Report on the administration of the Government Cinchona Department 1892-98
Year: 1892
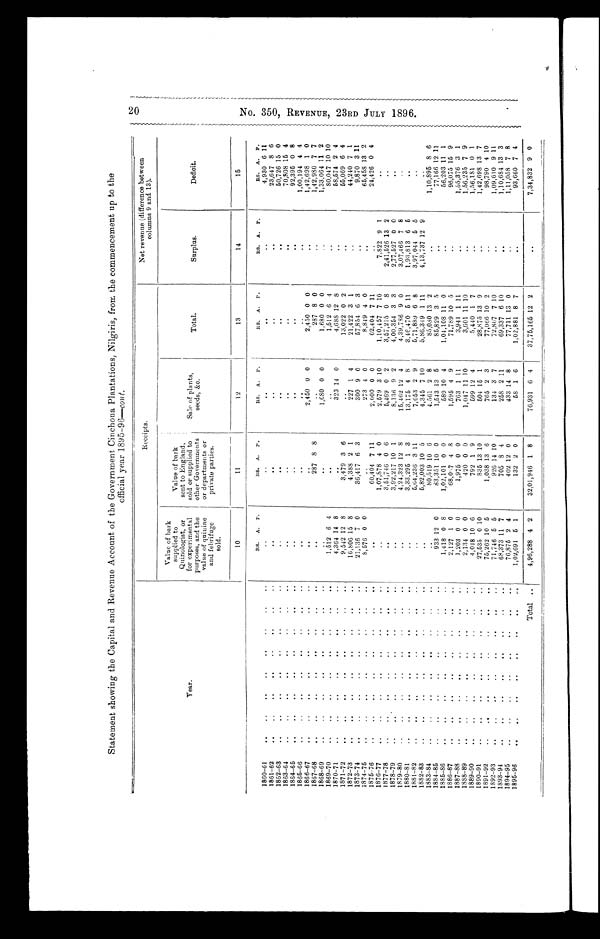
Statement showing the Capital and Revenue Account of the Government Cinchona Plantations, Nilgiris, from the commencement up to the
official year 1895-96— cont.
Receipts.
Net revenue (difference between
columns 9 and. 13).
Year.
Value of bark
supplied to
Quinologist, or
for experimental
purposes, and the
value of quinine
and febrifuge
sold.
Value of bark
sent to England,
sold or supplied to
other Governments
I or departments or
private parties.
Sale of plants,
seeds, &c.
Total.
Surplus.
Deficit.
10
11
12
13
14
15
RS.
A. P.
RS. A.
P.
RS.
A.
P.
RS. A.
P.
RS. A. P.
RS. A.
P.
1860–61
..
..
..
..
..
..
..
. .
..
. .
..
..
4,930 6 11
1861–62
.. ..
..
..
..
..
..
..
..
. .
..
. .
23,647 8 6
1862–63
..
..
..
..
..
..
..
..
..
..
. .
..
..
50,726 15 0
1863–61
..
..
..
..
..
..
..
..
..
44
..
..
70,808 15 4
1864–65
.. ..
..
..
..
..
..
..
..
..
. .
..
92,395 0 8
1865–66
..
..
..
..
..
..
. . ..
..
..
..
..
1,00,194 4 4
1866–67
..
..
..
..
..
..
..
..
..
..
2,450 0 0
2,450 0 0
..
1,42,698 1
0
1867–68
.,
..
..
..
..
..
..
..
287 8 8
..
287 8 0
1,42,980 7 7
1868–69
..
..
..
..
..
..
..
..
..
1,680 0 0
1,680 0 0
..
1,33,064 11 2
1869–70
..
..
..
..
..
..
..
..
1,512 6 4
. .
..
1,512 6 4
..
80,047 10 10
1870–71
..
..
..
..
..
..
..
4,364 14 8
..
323 14 0
4,688 12 8
..
58,574 2 4
1871–72
..
..
..
..
..
..
..
..
9,542 12 8
3,479 3 6
..
13,022 0 2
..
55,069 6 4
1872–73
..
..
..
..
..
..
..
..
16,806 15 8
4,388 2
1
227
1
4
21,422 3
1
44,210 7
1
1873–74
..
..
..
..
..
..
..
..
21,136 7 0
36,417 6 3
300 9 0
57,854 6 3
..
9,870 3 11
1874–76
..
..
..
..
. . .. .. ..
8,576 0 0
..
273 4 0
8,849 4 0
65,458 13 2
1875–76
..
..
..
..
..
..
. .
..
..
60,404
7 11
2,000 0 0
62,404 7 11
..
24,426 0 4
1876–77
..
..
..
..
..
..
..
..
1,07,578 4 0
2,579 3 10
1,10,457 7 10
7.822 9
1.
.
.
1877–78
..
..
..
. .. .. ..
..
3,51,746
0 6
5,469 0
2
3,57,215
0 8
2,41,526
1 3 2
.
.
1878–79..
..
..
..
..
3,92,217 10
1
8,136 9 2
4,00,354
3 3
2,77,527 0 0
. .
1879–80
. . .. .. .. .. . . .. ..
..
4,24,323 12 8
15,462 12 4
4,39,786 9 0
3,07,466 7
8
1880–81
..
. .
..
..
..
..
. .
3,33,295 1
3
13,175 4 8
3,46,470 5 11
1,93,813 6 5
.
.
1881–82
..
..
„
..
..
..
..
..
5,04,236 3 11
7,653 2 9
5,71,889 6 8
3,97,044 5 5
. .
1882–83..
..
..
..
..
..
..
..
..
5,82,003 10 5
4,345 7 10
5 , 8 6 , 3 4 9 1 11
4,13,737 12 9
.
.
1883–84
..
..
..
..
..
..
..
..
80,519 10
6
4.561
2 8
85,080 13 2
. .
1,10,895 8 6
1884–85..
..
..
..
..
..
..
..
933 12 0
83,351 10 0
1,543 13
5
85,829 3 5
. .
77,166 12 11
1885–86..
..
..
..
..
..
..
..
1,418 0 8
1,02,101
0 0
589 10 4
1,04,108 11 0
..
56,203 11
1
1886–87..
..
..
..
..
..
..
2,127
1 0
68,01 4 8
1,595 4 9
71,789 10
5
96,075 15 9
1887–88..
..
..
..
..
..
..
..
1,203 0 0
1,975 0 0
763
1 11
3,941
1 11
. .
1,55,376 3
1
1888–89
..
..
..
..
..
..
..
2,134 0 0
420 0 0
1,047 11 10
3,601 11 10
..
1,56,235 7 9
1889–90
..
..
..
..
..
..
..
..
4,018 10 6
792
1
9
599 12 4
5,440 1
7
1,56,181
0 1
1890–91..
..
..
..
..
..
..
..
27,535 0
1 0
835 13 10
504 15
1
28,875 13 9
. .
1,42,698 13 7
1891–92
75,262 10 5
1,038 13 6
765 2 3
77,066 10 2
..
98,790 4 10
1892–93
..
..
..
. . . . . . . .
71,746 5 5
926 14 10
134 3
7
72,807
7 10
..
1,09,610
9 11
1893–94..
..
..
..
..
..
..
..
68,373 11 1 1 7
705 8 4
258 2 11
69,337
6 10
. .
1,10,684 13 3
1894–95.... ..
..
..
..
..
..
76,875 2 4
402 12 0
433 14 8
77,711 13 0
1,11,058
7 8
1895–96
1,02,691
5 1
132
2 0
58
1
6
1,02,881 8
. .
93,660 7 4
Total
..
4,96,288 4 2
32,01,946
1 8
76,931
6 4
37,75,165 12
. .
7,34,832 9 0
2 0 N o . 3 5 0 , R E V E N U E , 2 3 R D J U L Y 1 8 9 6 .